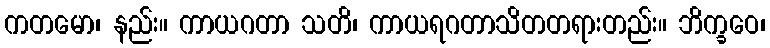
ကတမော၊ နည်း။ ကာယဂတာ သတိ၊ ကာယရဂတာသိတတရားတည်း။ ဘိက္ခဝေ၊